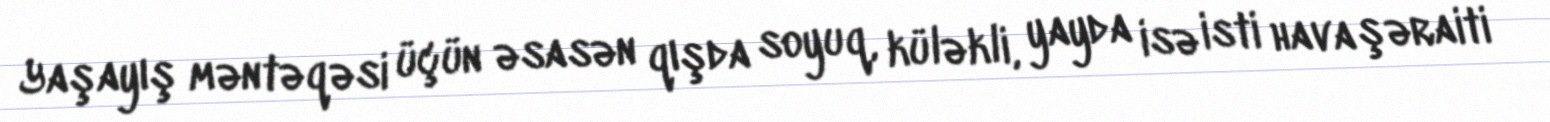
Yaşayış məntəqəsi üçün əsasən qışda soyuq, küləkli, yayda isə isti hava şəraiti